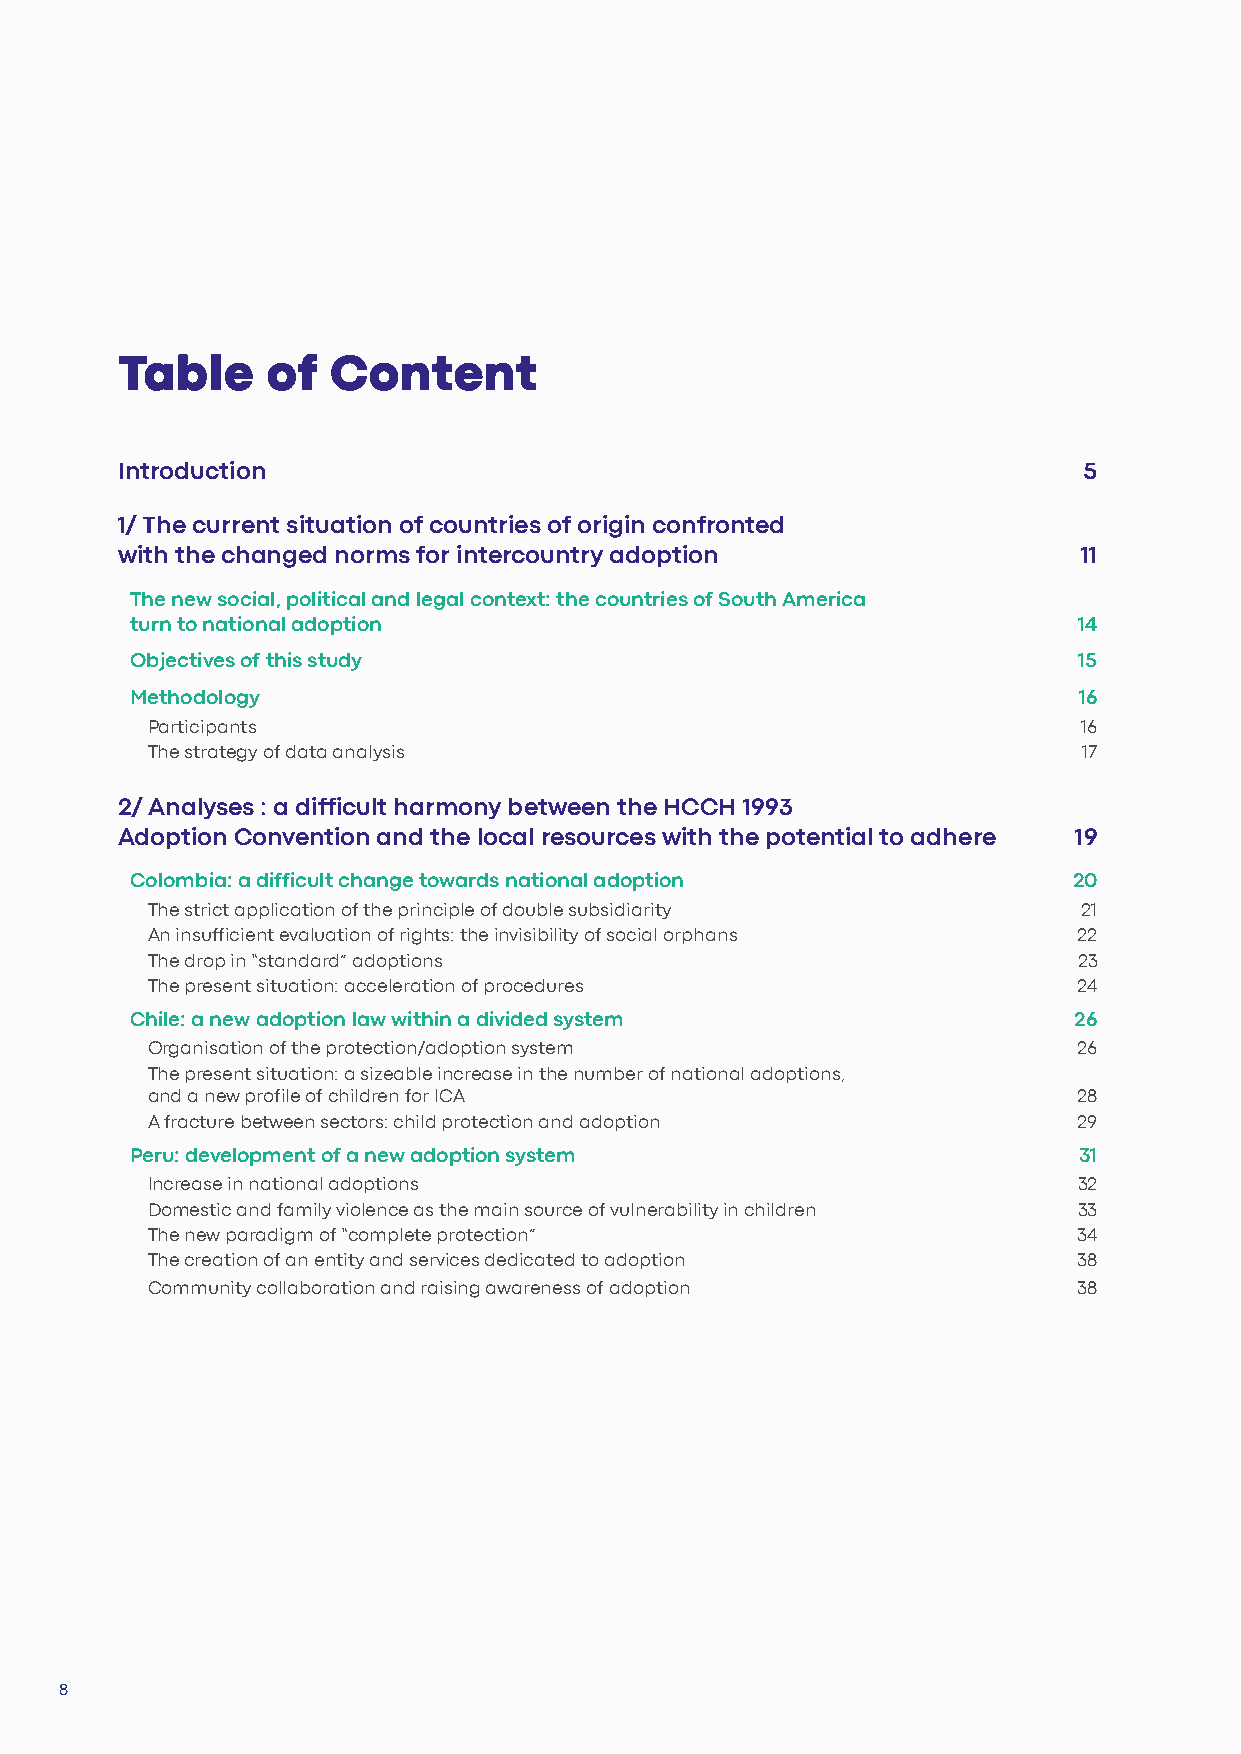
Table     of  Content
 Introduction                                                    5
 1/ The current situation of countries of origin confronted
 with the changed norms for intercountry adoption               11
 The new social, political and legal context: the countries of South America
 turn to national adoption                                     14
 Objectives of this study                                      15
 Methodology                                                   16
 Participants                                                  16
 The strategy of data analysis                                 17
 2/ Analyses : a difficult harmony between the HCCH 1993
 Adoption Convention and the local resources with the potential to adhere 19
 Colombia: a difficult change towards national adoption        20
 The strict application of the principle of double subsidiarity 21
 An insufficient evaluation of rights: the invisibility of social orphans 22
 The drop in “standard” adoptions                             23
 The present situation: acceleration of procedures            24
 Chile: a new adoption law within a divided system             26
 Organisation of the protection/adoption system               26
 The present situation: a sizeable increase in the number of national adoptions,
 and a new profile of children for ICA                        28
 A fracture between sectors: child protection and adoption    29
 Peru: development of a new adoption system                    31
 Increase in national adoptions                               32
 Domestic and family violence as the main source of vulnerability in children 33
 The new paradigm of “complete protection”                    34
 The creation of an entity and services dedicated to adoption 38
 Community collaboration and raising awareness of adoption    38
 8